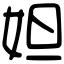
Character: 妲